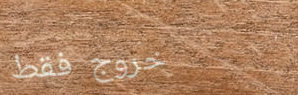
خروج فقط